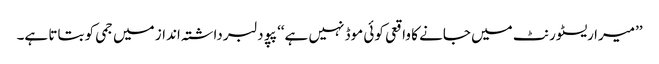
’’میرا ریسٹورنٹ میں جانے کا واقعی کوئی موڈ نہیں ہے‘‘ پپو دلبرداشتہ انداز میں جمی کو بتاتا ہے۔